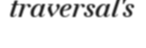
traversal's